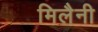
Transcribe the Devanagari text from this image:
मिलैनी